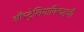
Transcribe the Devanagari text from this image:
ऑस्ट्रेलियाविरुद्धची